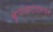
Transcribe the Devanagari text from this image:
कृपाकटाक्षावर